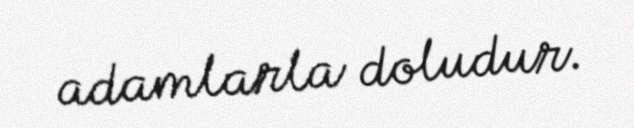
adamlarla doludur.